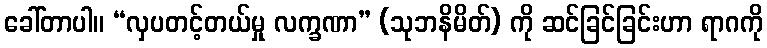
ခေါ်တာပါ။ “လှပတင့်တယ်မှု လက္ခဏာ” (သုဘနိမိတ်) ကို ဆင်ခြင်ခြင်းဟာ ရာဂကို